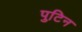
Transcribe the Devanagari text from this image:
पुटिन